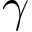
\gamma